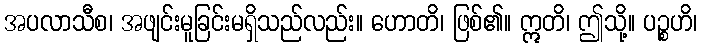
အပလာသီစ၊ အဖျင်းမူခြင်းမရှိသည်လည်း။ ဟောတိ၊ ဖြစ်၏။ ဣတိ၊ ဤသို့။ ပဉ္စဟိ၊